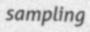
sampling